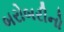
બરોબરીનો